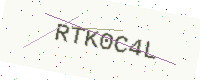
Text: RTK0C4L